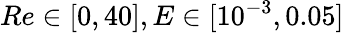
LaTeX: Re\in[0,40],E\in[10^{-3},0.05]